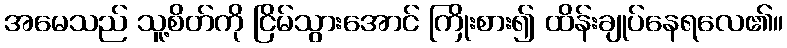
အမေသည် သူ့စိတ်ကို ငြိမ်သွားအောင် ကြိုးစား၍ ထိန်းချုပ်နေရလေ၏။